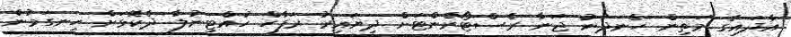
އާދައިގެ މަތިން ހެނދުނު ޖަނާ ރެސްޓޯރެންޓަށް ދިޔައިރު ރަފާހް ހުއްޓިނުލާ ދެކޮޅަށް ހިނގަމުން